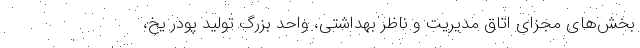
بخش‌های مجزای اتاق مدیریت و ناظر بهداشتی، واحد بزرگ تولید پودر یخ،